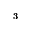
_ 3